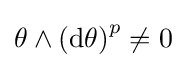
\theta \wedge \left(\mathrm {d} \theta \right)^{p}\neq 0